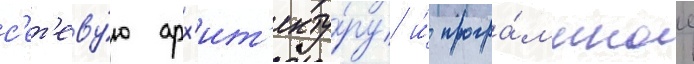
с'ет'еву́ю арх'ит'екту́ру и́ програ́ммное